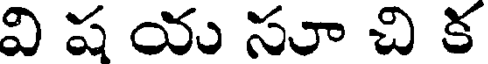
వి ష యు సూ చి క